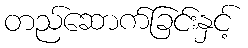
တည်ဆောက်ခြင်းနှင့်